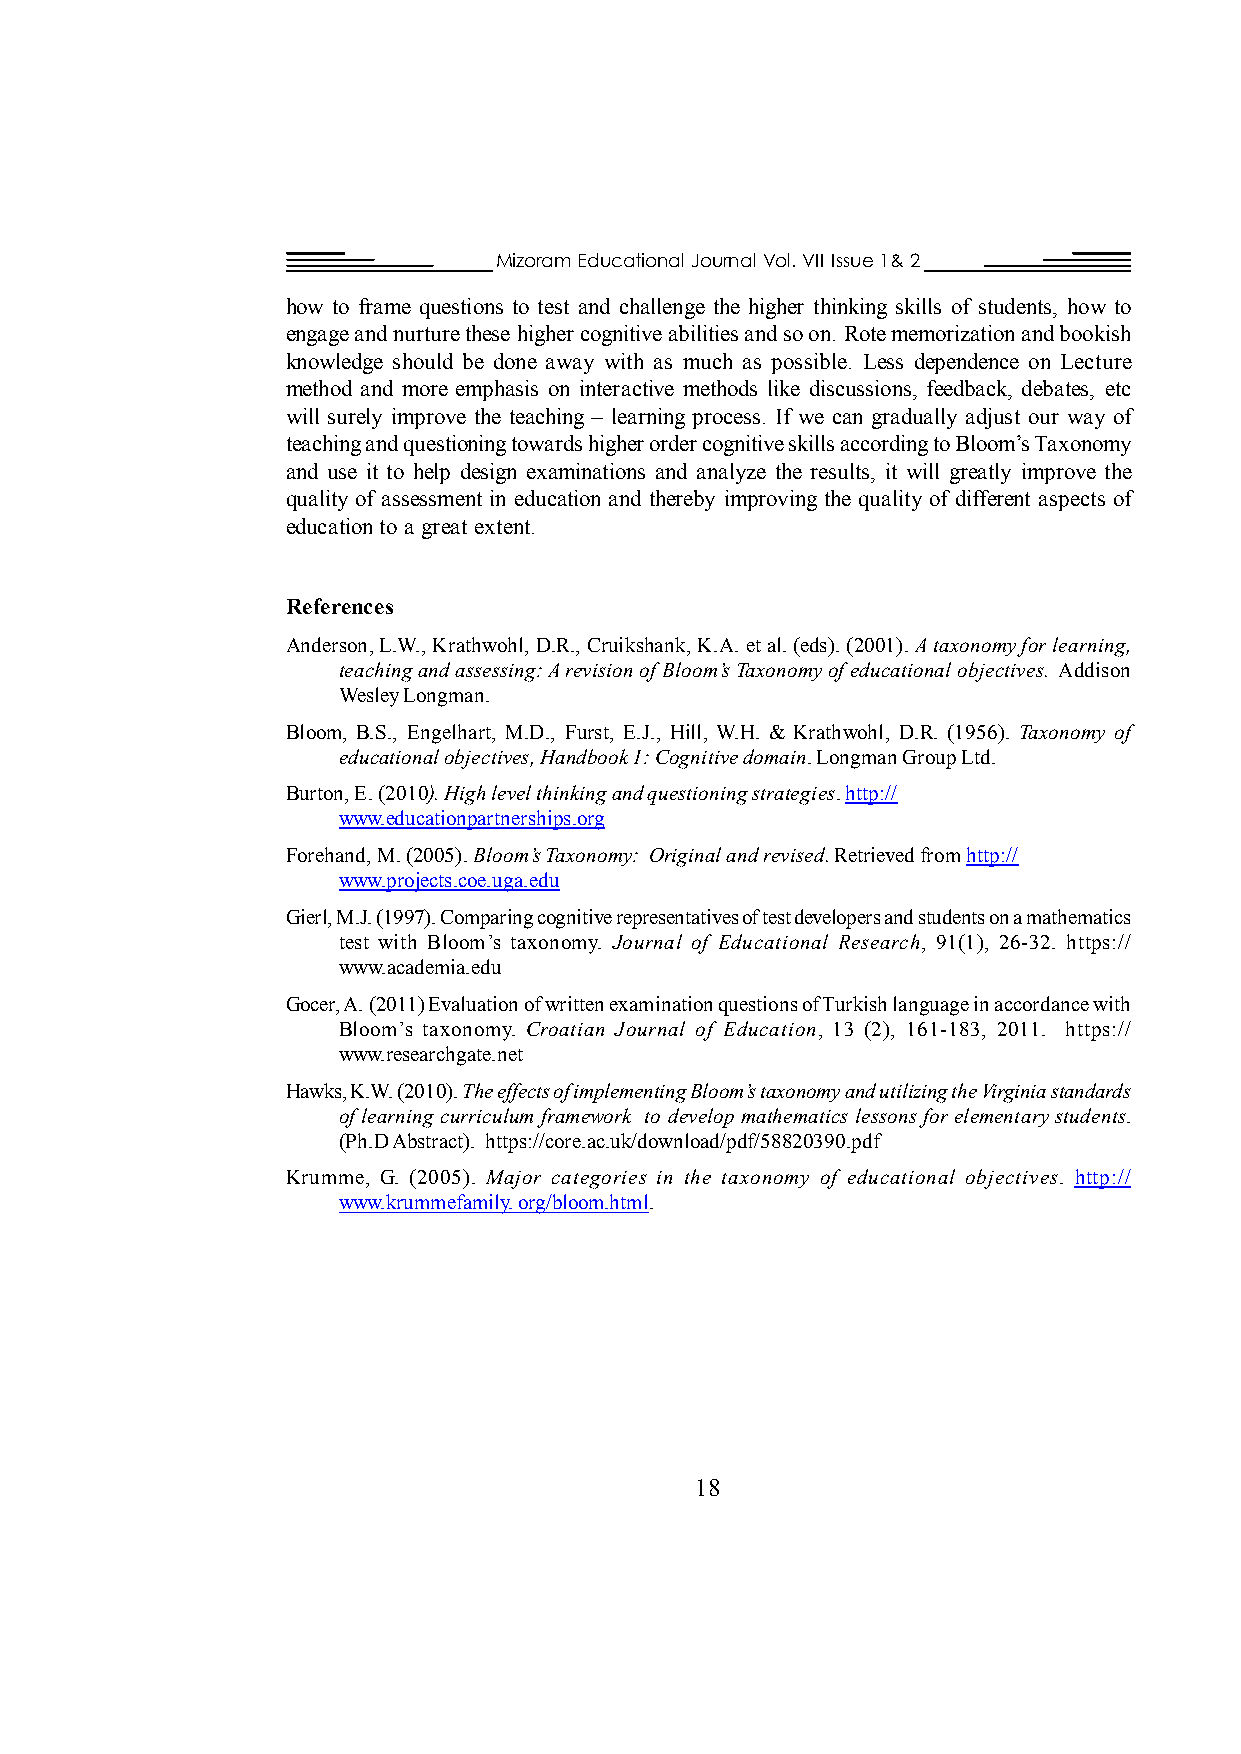
Mizoram Educational Journal Vol. VII Issue 1& 2
 how to frame questions to test and challenge the higher thinking skills of students, how to
 engage and nurture these higher cognitive abilities and so on. Rote memorization and bookish
 knowledge should be done away with as much as possible. Less dependence on Lecture
 method and more emphasis on interactive methods like discussions, feedback, debates, etc
 will surely improve the teaching – learning process. If we can gradually adjust our way of
 teaching and questioning towards higher order cognitive skills according to Bloom’s Taxonomy
 and use it to help design examinations and analyze the results, it will greatly improve the
 quality of assessment in education and thereby improving the quality of different aspects of
 education to a great extent.
 References
 Anderson, L.W., Krathwohl, D.R., Cruikshank, K.A. et al. (eds). (2001). A taxonomy for learning,
 teaching and assessing: A revision of Bloom’s Taxonomy of educational objectives. Addison
 Wesley Longman.
 Bloom, B.S., Engelhart, M.D., Furst, E.J., Hill, W.H. & Krathwohl, D.R. (1956). Taxonomy of
 educational objectives, Handbook 1: Cognitive domain. Longman Group Ltd.
 Burton, E. (2010). High level thinking and questioning strategies. http://
 www.educationpartnerships.org
 Forehand, M. (2005). Bloom’s Taxonomy: Original and revised. Retrieved from http://
 www.projects.coe.uga.edu
 Gierl, M.J. (1997). Comparing cognitive representatives of test developers and students on a mathematics
 test with Bloom’s taxonomy. Journal of Educational Research, 91(1), 26-32. https://
 www.academia.edu
 Gocer, A. (2011) Evaluation of written examination questions of Turkish language in accordance with
 Bloom’s taxonomy. Croatian Journal of Education, 13 (2), 161-183, 2011. https://
 www.researchgate.net
 Hawks, K.W. (2010). The effects of implementing Bloom’s taxonomy and utilizing the Virginia standards
 of learning curriculum framework to develop mathematics lessons for elementary students.
 (Ph.D Abstract). https://core.ac.uk/download/pdf/58820390.pdf
 Krumme, G. (2005). Major categories in the taxonomy of educational objectives. http://
 www.krummefamily. org/bloom.html.
 18